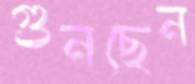
গুনছেন